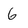
Character: 6